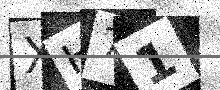
Text: XH71